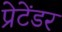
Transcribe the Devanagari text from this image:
प्रेटेंडर